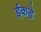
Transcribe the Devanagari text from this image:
ईकडे